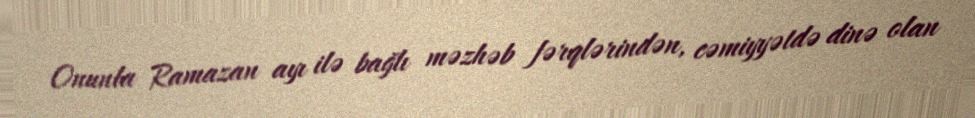
Onunla Ramazan ayı ilə bağlı məzhəb fərqlərindən, cəmiyyətdə dinə olan